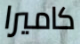
كاميرا